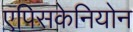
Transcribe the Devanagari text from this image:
एपिसकेनियोन